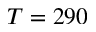
T = 2 9 0